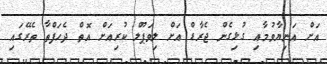
އަށް އަނިޔާވުމާއި ގުޅިގެން ޖެރާޑް އަށް ލިވަޕޫލް ކުރިއަށް އޮތް ދެހަފްތާ ތެރޭގައި